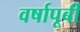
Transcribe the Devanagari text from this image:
वर्षापूर्बी